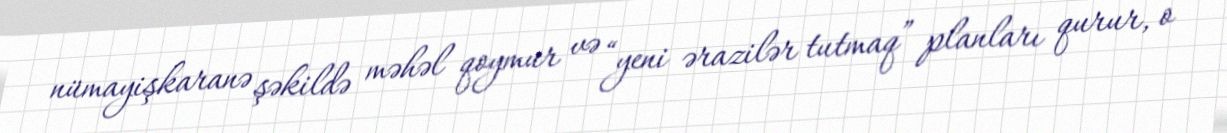
nümayişkaranə şəkildə məhəl qoymur və “yeni ərazilər tutmaq” planları qurur, o